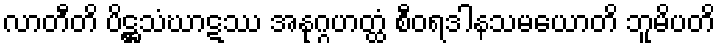
လာတီတိ ပိဋ္ဌသံဃာဋဿ အနုဂ္ဂဟတ္ထံ စီဝရဒါနသမယောတိ ဘူမိပတိ